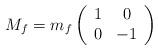
LaTeX: \begin{align*}M_f=m_f\left( \begin{array}{cc} 1 & 0 \\ 0 & -1 \end{array} \right)\end{align*}